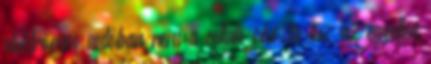
elektromos autóban nem a cellák okozta tűz az egyetlen